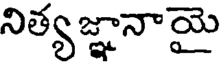
నిత్యజ్ఞానాయై